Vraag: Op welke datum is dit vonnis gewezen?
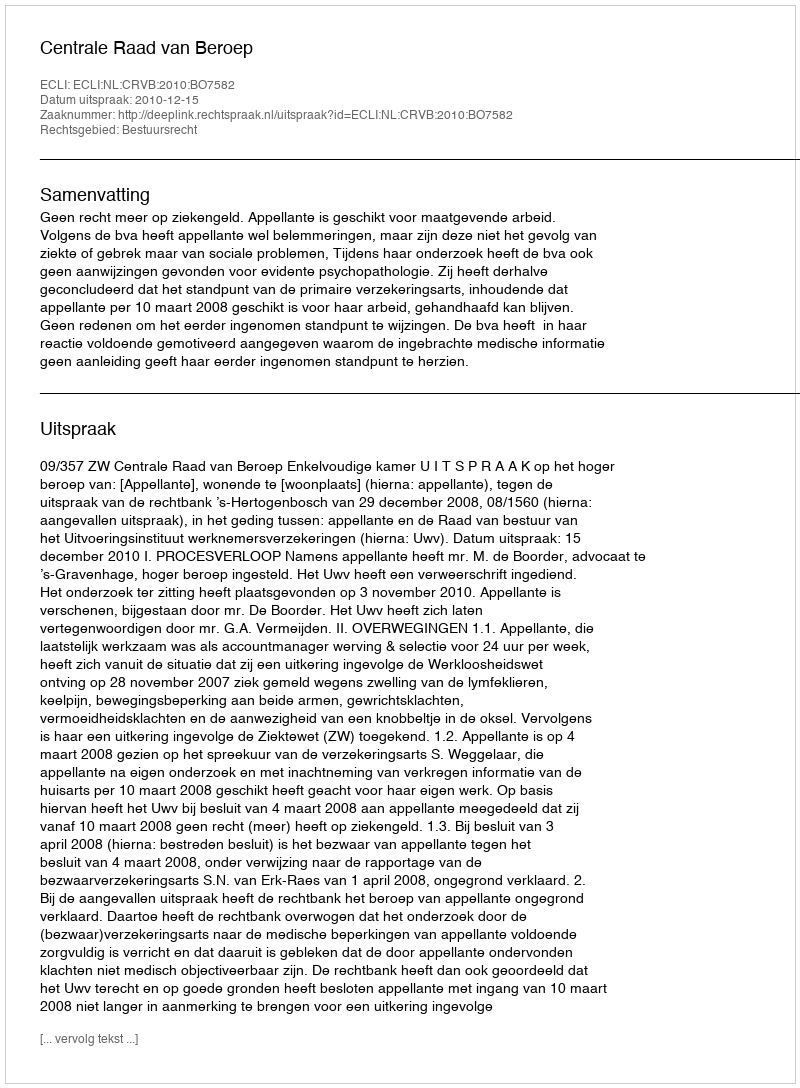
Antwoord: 2010-12-15